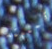
تمنيته